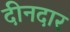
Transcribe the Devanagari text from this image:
दीनदार